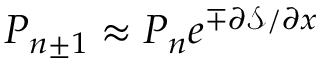
P _ { n \pm 1 } \approx P _ { n } e ^ { \mp \partial \mathcal { S } / \partial x }